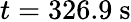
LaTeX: t=326.9~\mathrm{s}